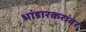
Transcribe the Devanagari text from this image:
भांडारकरांवर